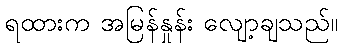
ရထားက အမြန်နှုန်း လျော့ချသည်။